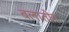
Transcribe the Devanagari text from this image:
बलातोन